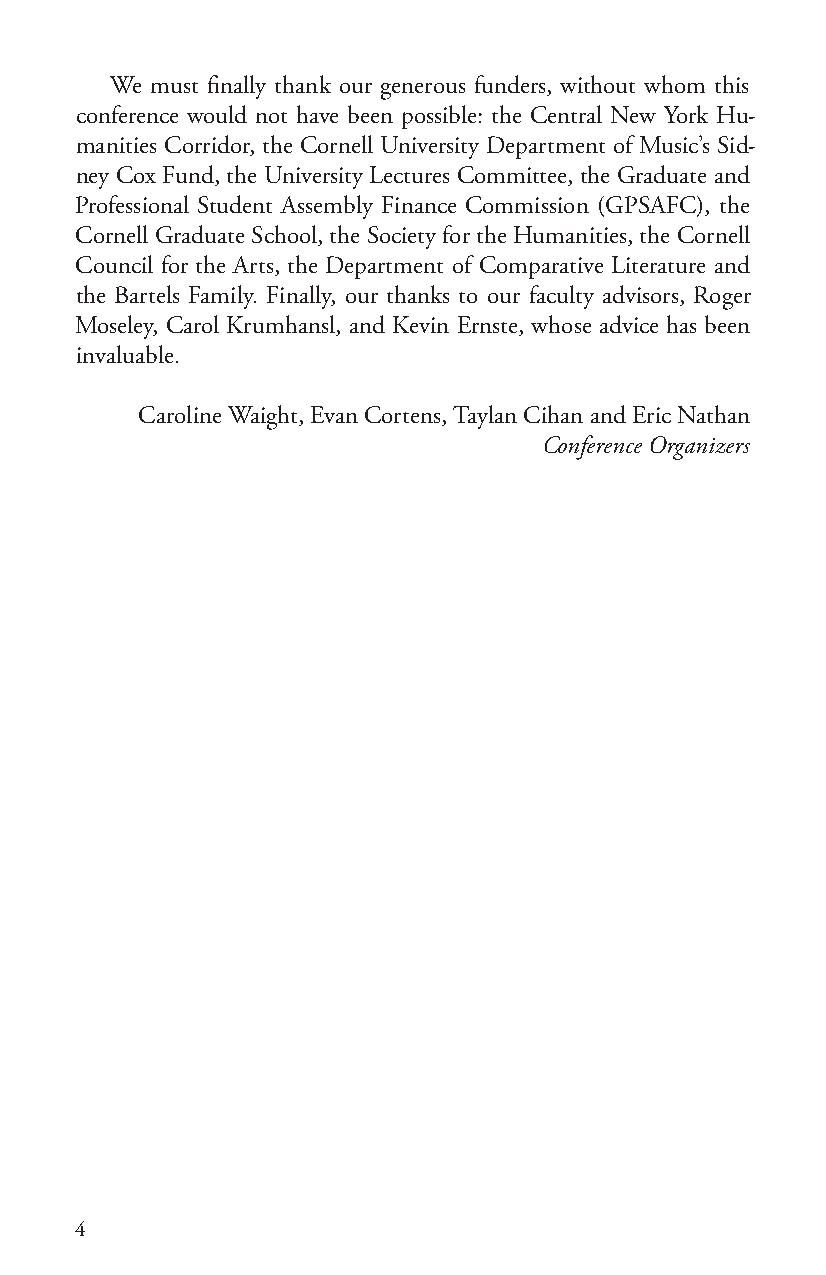
We must finally thank our generous funders, without whom this
 conference would not have been possible: the Central New York Hu-
 manities Corridor, the Cornell University Department of Music’s Sid-
 ney Cox Fund, the University Lectures Committee, the Graduate and
 Professional Student Assembly Finance Commission (GPSAFC), the
 Cornell Graduate School, the Society for the Humanities, the Cornell
 Council for the Arts, the Department of Comparative Literature and
 the Bartels Family. Finally, our thanks to our faculty advisors, Roger
 Moseley, Carol Krumhansl, and Kevin Ernste, whose advice has been
 invaluable.
 Caroline Waight, Evan Cortens, Taylan Cihan and Eric Nathan
 Conference Organizers
 4